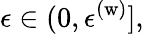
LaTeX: \epsilon\in(0,\epsilon^{(\mathrm{w})}],